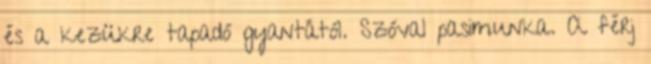
és a kezükre tapadó gyantától. Szóval pasimunka. A férj